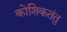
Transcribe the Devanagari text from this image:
कोशिकतंतु